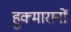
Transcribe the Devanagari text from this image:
हुक्मारानों